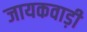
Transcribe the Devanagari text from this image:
जायकवाड़ी